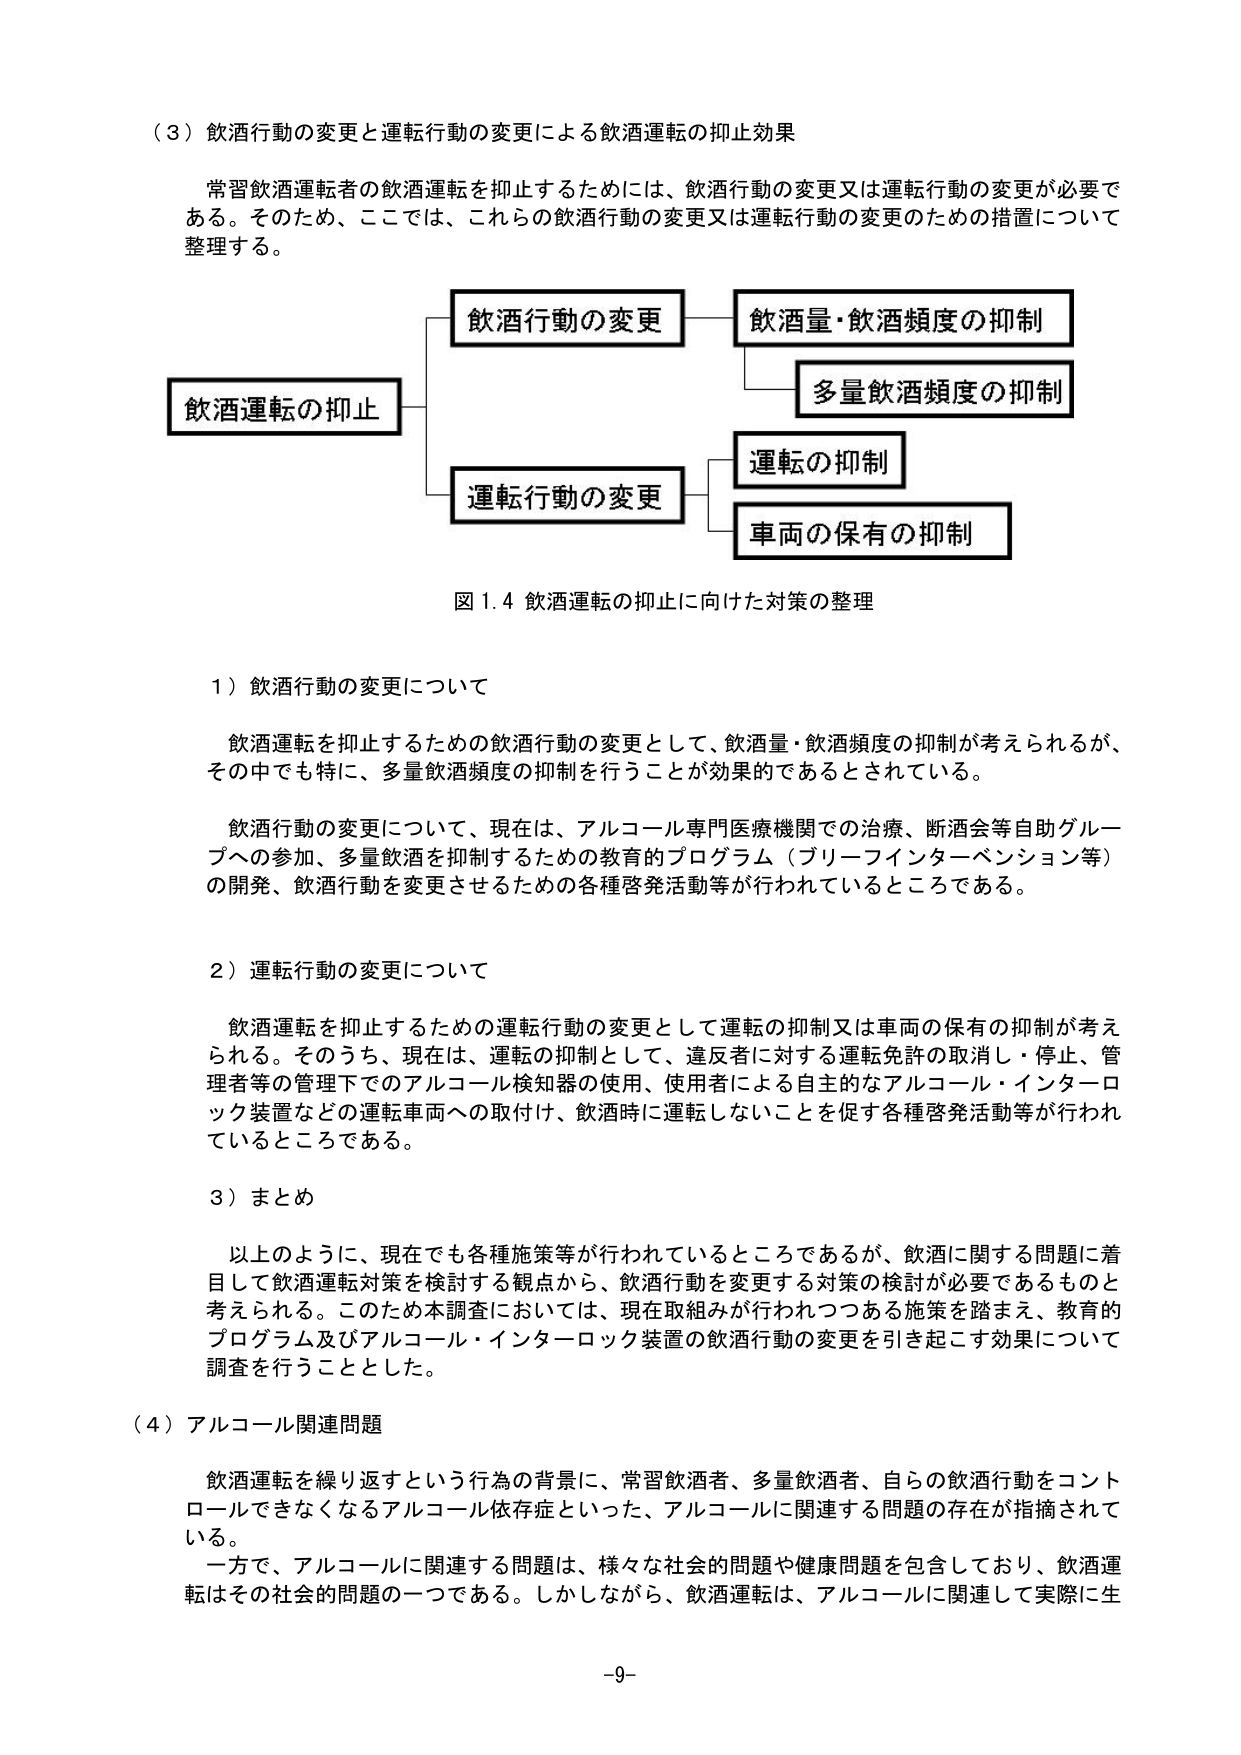
（３）飲酒行動の変更と運転行動の変更による飲酒運転の抑止効果

常習飲酒運転者の飲酒運転を抑止するためには、飲酒行動の変更又は運転行動の変更が必要である。そのため、ここでは、これらの飲酒行動の変更又は運転行動の変更のための措置について整理する。

飲酒運転の抑止
　　├── 飲酒行動の変更
　　│　　├── 飲酒量・飲酒頻度の抑制
　　│　　└── 多量飲酒頻度の抑制
　　└── 運転行動の変更
　　　　├── 運転の抑制
　　　　└── 車両の保有の抑制

図1.4 飲酒運転の抑止に向けた対策の整理

１）飲酒行動の変更について

　　飲酒運転を抑止するための飲酒行動の変更として、飲酒量・飲酒頻度の抑制が考えられるが、その中でも特に、多量飲酒頻度の抑制を行うことが効果的であるとされている。

　　飲酒行動の変更について、現在は、アルコール専門医療機関での治療、断酒会等自助グループへの参加、多量飲酒を抑制するための教育的プログラム（ブリーフインターベンション等）の開発、飲酒行動を変更させるための各種啓発活動等が行われているところである。

２）運転行動の変更について

　　飲酒運転を抑止するための運転行動の変更として運転の抑制又は車両の保有の抑制が考えられる。そのうち、現在は、運転の抑制として、違反者に対する運転免許の取消し・停止、管理者等の管理下でのアルコール検知器の使用、使用者による自主的なアルコール・インターロック装置などの運転車両への取付け、飲酒時に運転しないことを促す各種啓発活動等が行われているところである。

３）まとめ

　　以上のように、現在でも各種施策等が行われているところであるが、飲酒に関する問題に着目して飲酒運転対策を検討する観点から、飲酒行動を変更する対策の検討が必要であるものと考えられる。このため本調査においては、現在取組みが行われつつある施策を踏まえ、教育的プログラム及びアルコール・インターロック装置の飲酒行動の変更を引き起こす効果について調査を行うこととした。

（４）アルコール関連問題

　　飲酒運転を繰り返すという行為の背景に、常習飲酒者、多量飲酒者、自らの飲酒行動をコントロールできなくなるアルコール依存症といった、アルコールに関連する問題の存在が指摘されている。

　　一方で、アルコールに関連する問題は、様々な社会的問題や健康問題を包含しており、飲酒運転はその社会的問題の一つである。しかしながら、飲酒運転は、アルコールに関連して実際に生

-9-